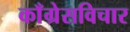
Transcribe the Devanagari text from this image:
काँग्रेसविचार